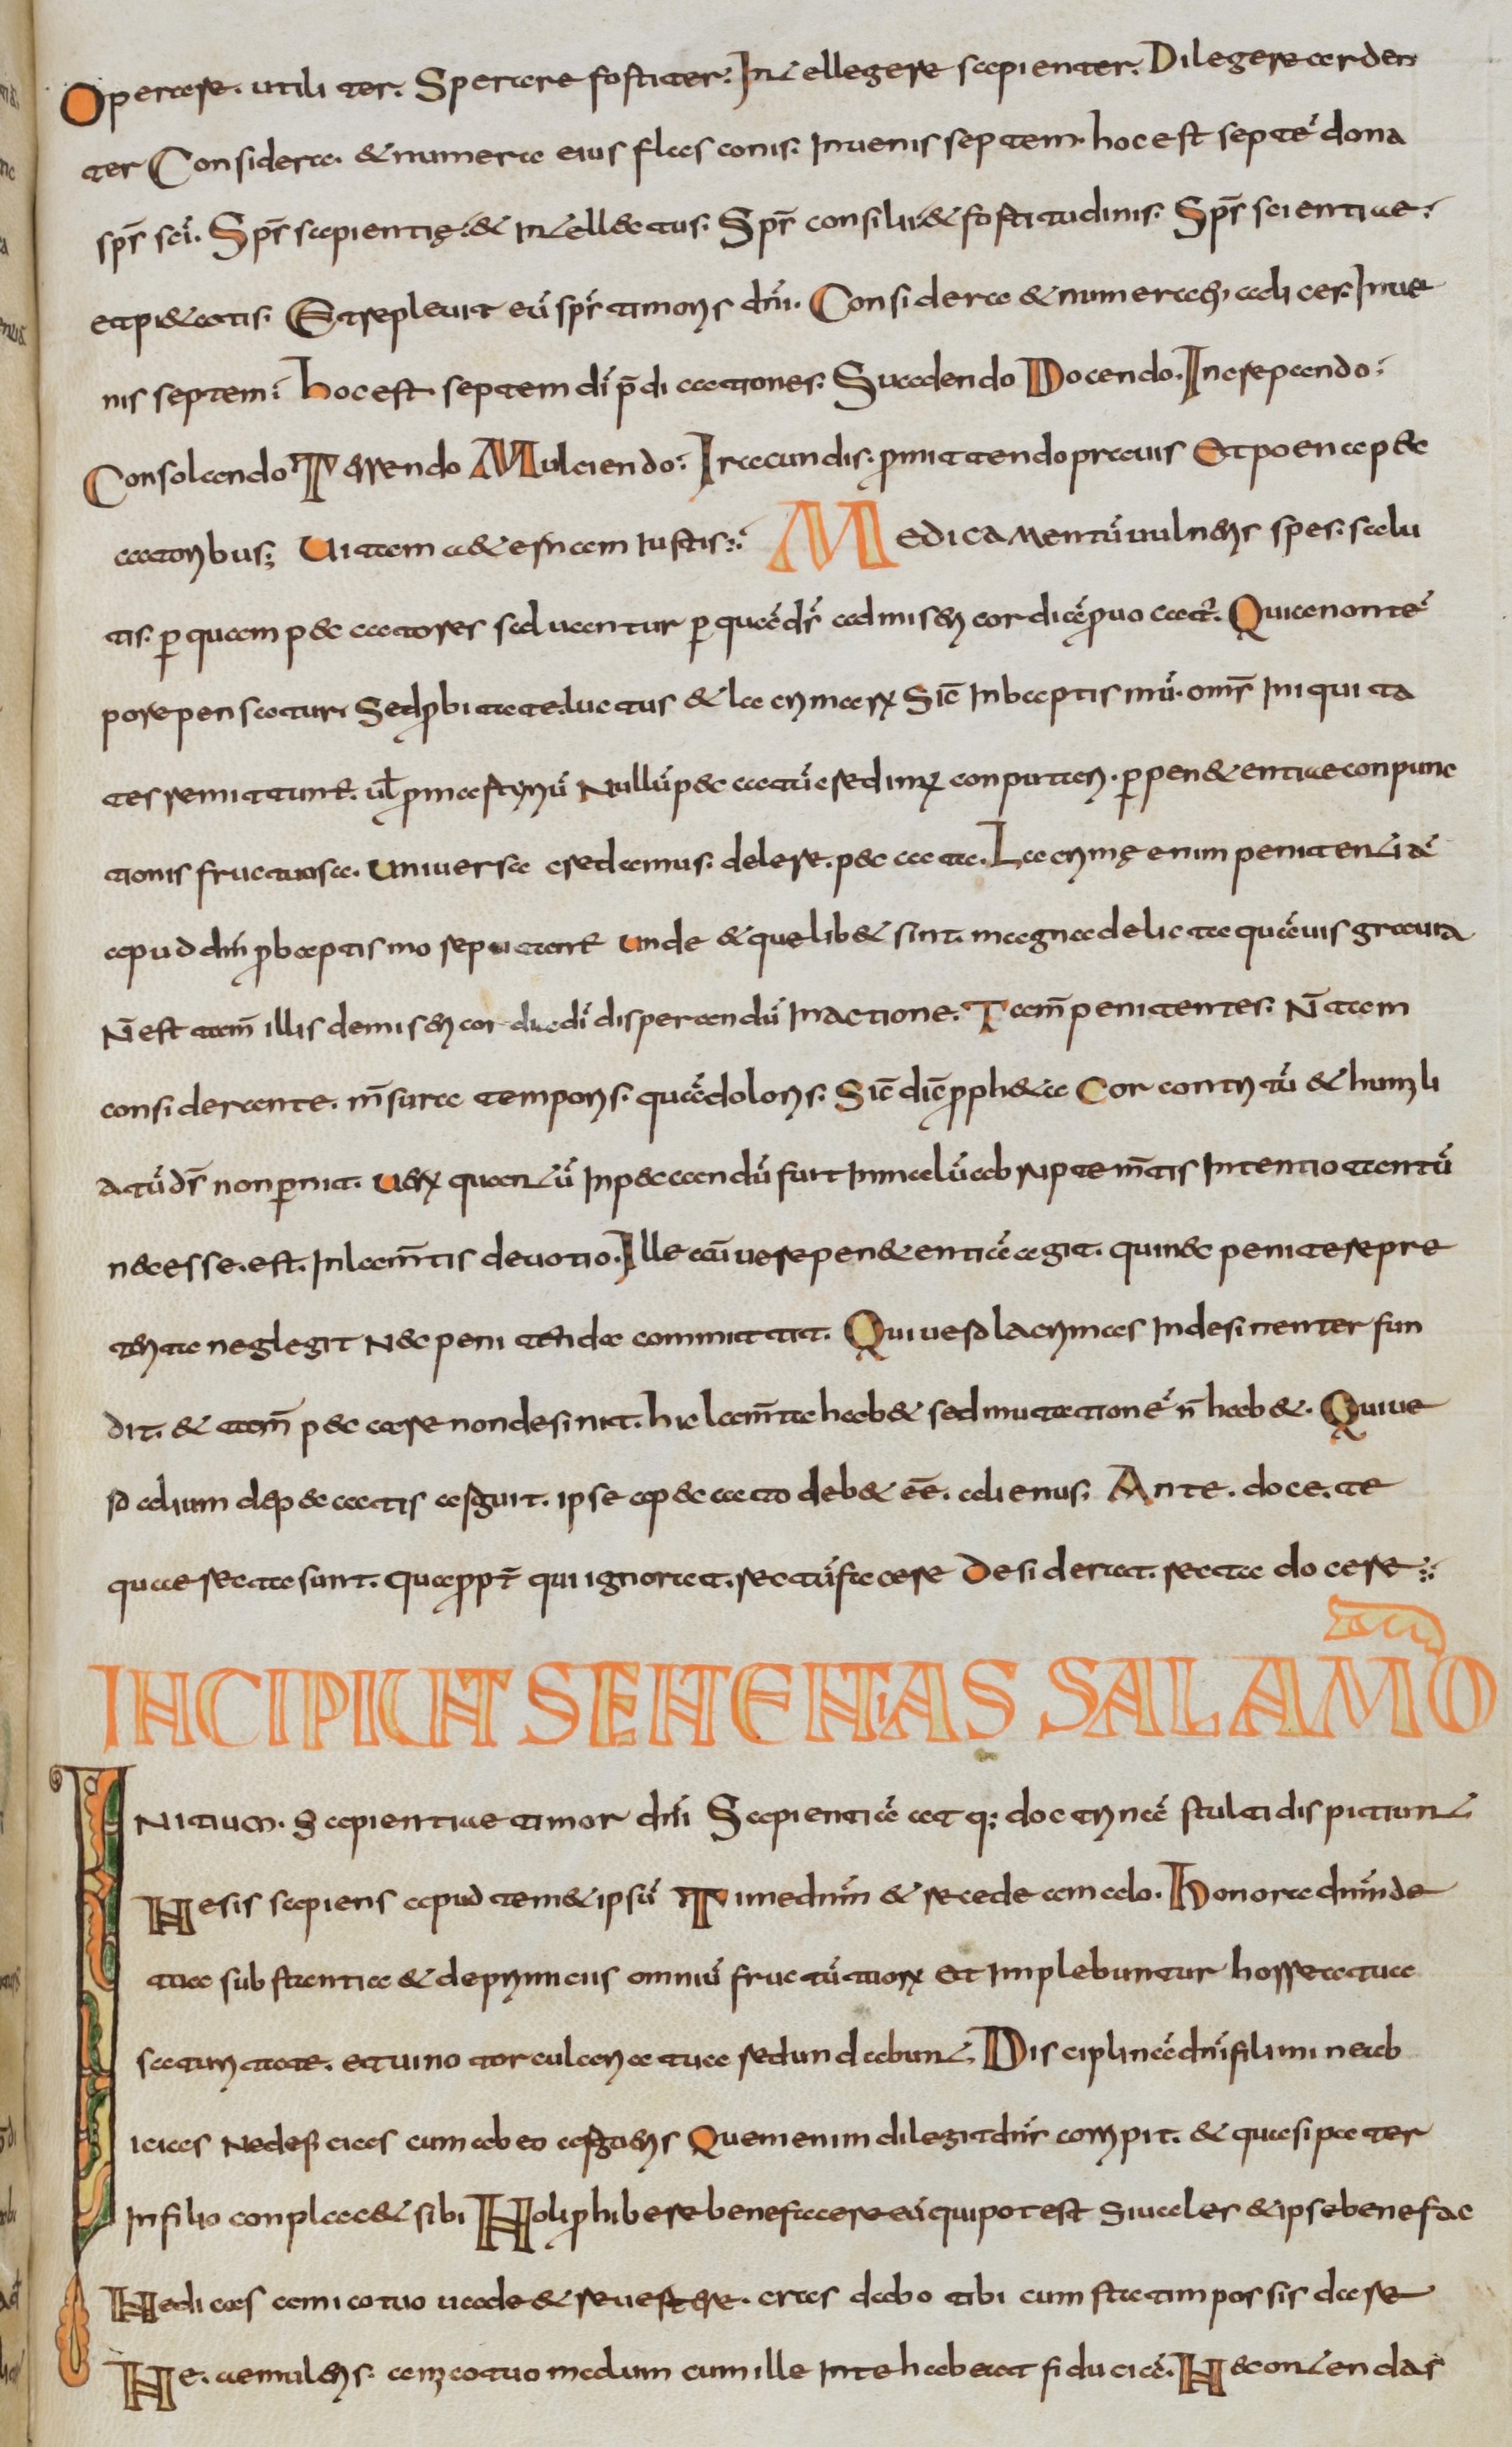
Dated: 800–830